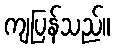
ကျပြန်သည်။